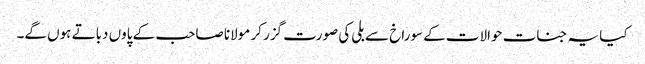
کیا یہ جنات حوالات کے سوراخ سے بلی کی صورت گزر کر مولانا صاحب کے پاوں دباتے ہوں گے۔